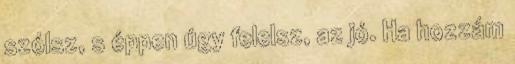
szólsz, s éppen úgy felelsz, az jó. Ha hozzám